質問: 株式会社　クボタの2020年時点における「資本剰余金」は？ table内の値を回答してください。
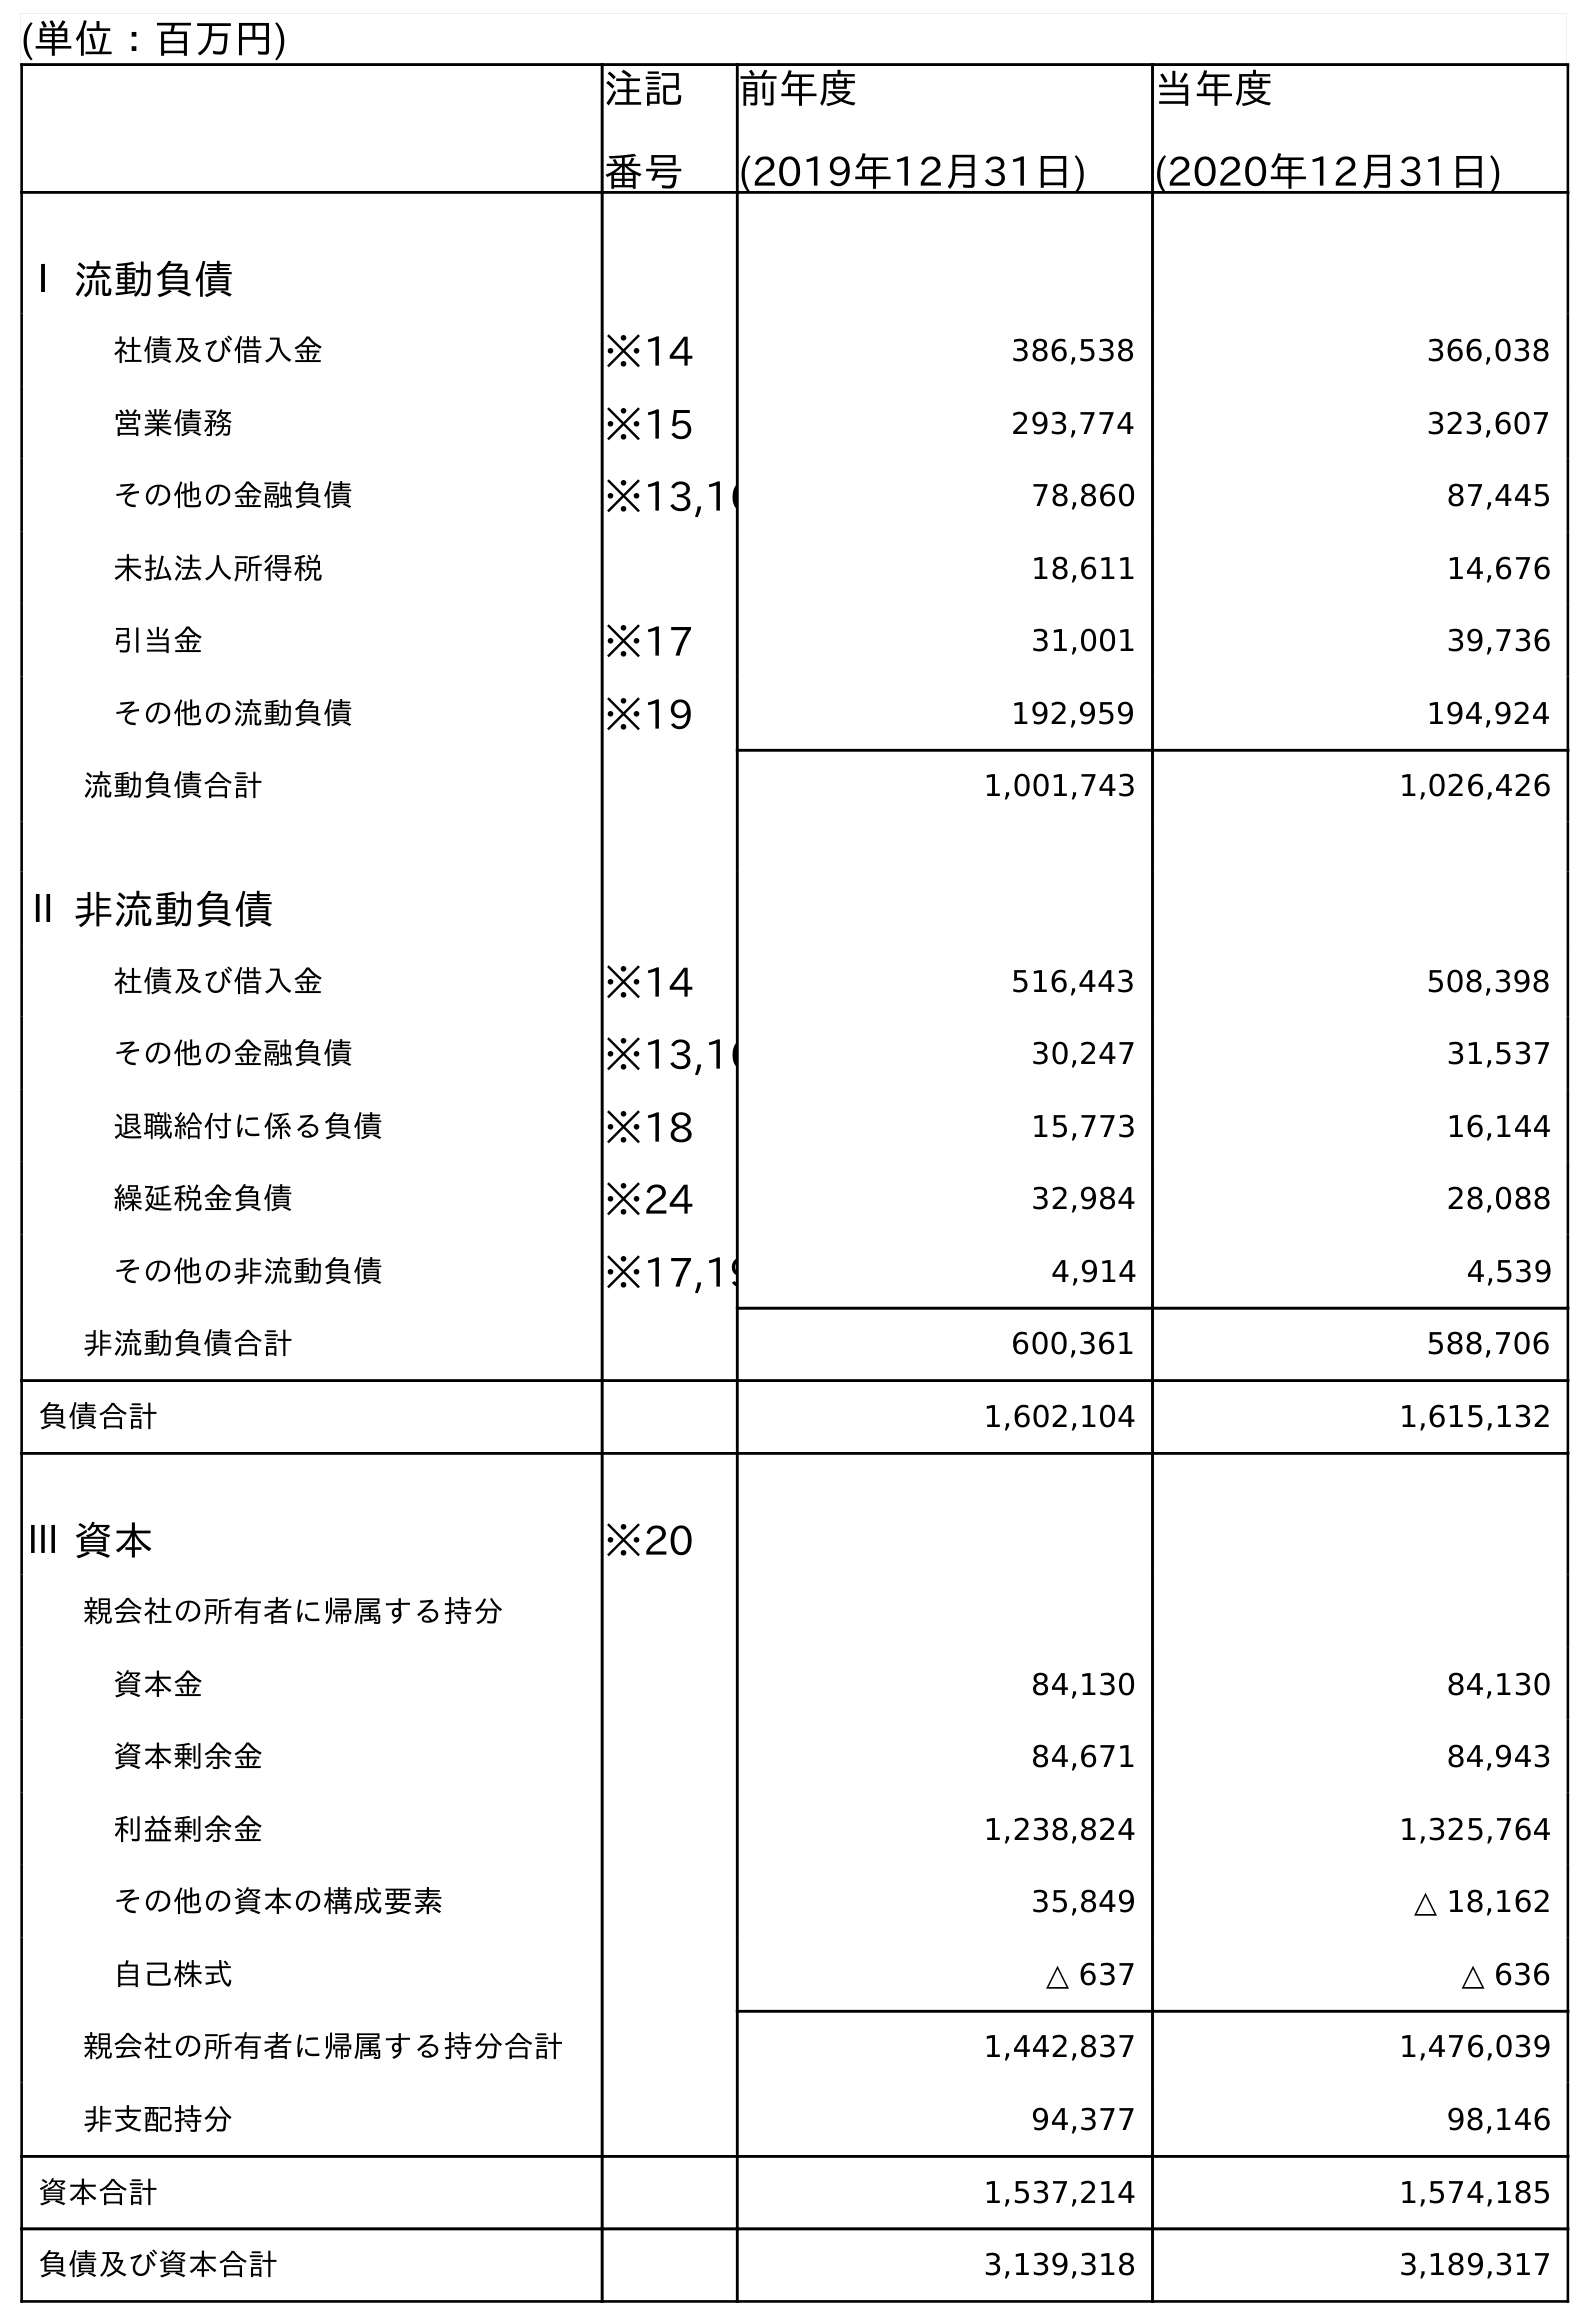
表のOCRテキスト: (単位：百万円) 注記 番号 前年度 (2019年12月31日) 当年度 (2020年12月31日) Ⅰ 流動負債 社債及び借入金 ※14 386,538 366,038 営業債務 ※15 293,774 323,607 その他の金融負債 ※13,16 78,860 87,445 未払法人所得税 18,611 14,676 引当金 ※17 31,001 39,736 その他の流動負債 ※19 192,959 194,924 流動負債合計 1,001,743 1,026,426 Ⅱ 非流動負債 社債及び借入金 ※14 516,443 508,398 その他の金融負債 ※13,16 30,247 31,537 退職給付に係る負債 ※18 15,773 16,144 繰延税金負債 ※24 32,984 28,088 その他の非流動負債 ※17,19 4,914 4,539 非流動負債合計 600,361 588,706 負債合計 1,602,104 1,615,132 Ⅲ 資本 ※20 親会社の所有者に帰属する持分 資本金 84,130 84,130 資本剰余金 84,671 84,943 利益剰余金 1,238,824 1,325,764 その他の資本の構成要素 35,849 △ 18,162 自己株式 △ 637 △ 636 親会社の所有者に帰属する持分合計 1,442,837 1,476,039 非支配持分 94,377 98,146 資本合計 1,537,214 1,574,185 負債及び資本合計 3,139,318 3,189,317
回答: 84,943